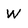
Character: W